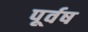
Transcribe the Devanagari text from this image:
पूर्वष